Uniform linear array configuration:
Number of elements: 32
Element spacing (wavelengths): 0.75
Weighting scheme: cosine
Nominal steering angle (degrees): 15
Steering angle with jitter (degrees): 15.408
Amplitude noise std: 0.05
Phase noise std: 0.05

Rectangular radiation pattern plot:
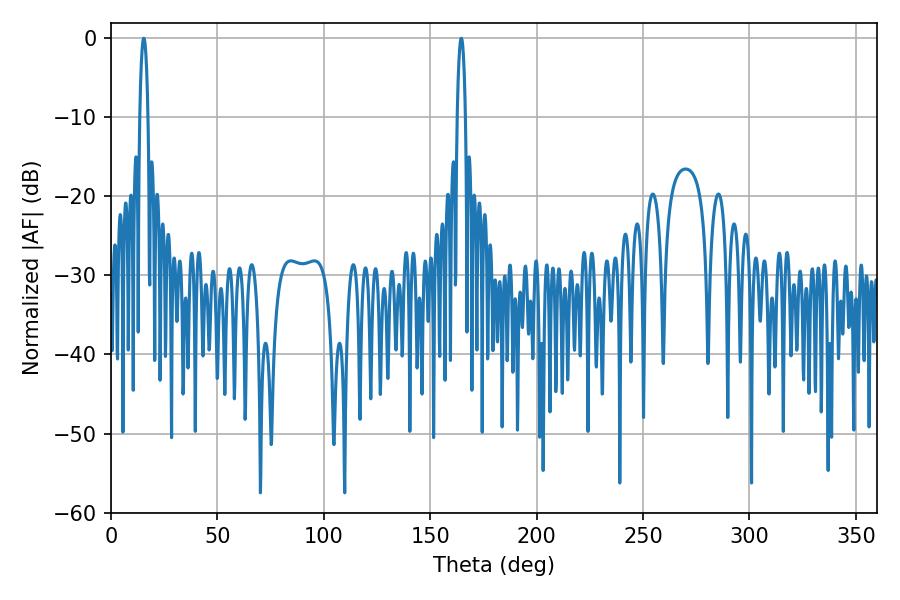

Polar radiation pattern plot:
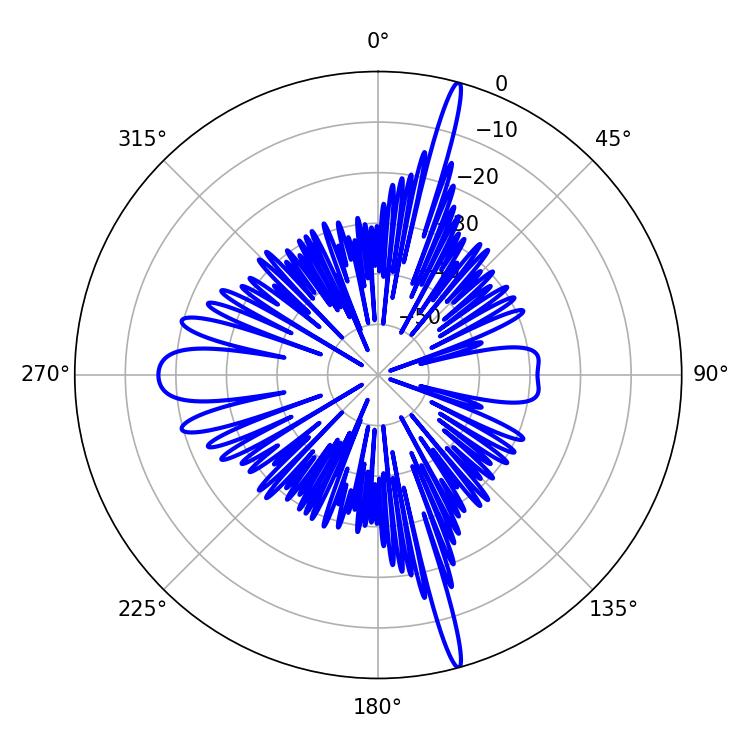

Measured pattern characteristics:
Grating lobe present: TRUE
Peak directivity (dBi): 20.825
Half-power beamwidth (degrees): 2.16
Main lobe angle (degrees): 164.52